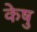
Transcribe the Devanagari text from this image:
केषु